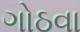
ગોઠવા